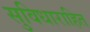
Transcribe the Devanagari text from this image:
सुविधाराहित